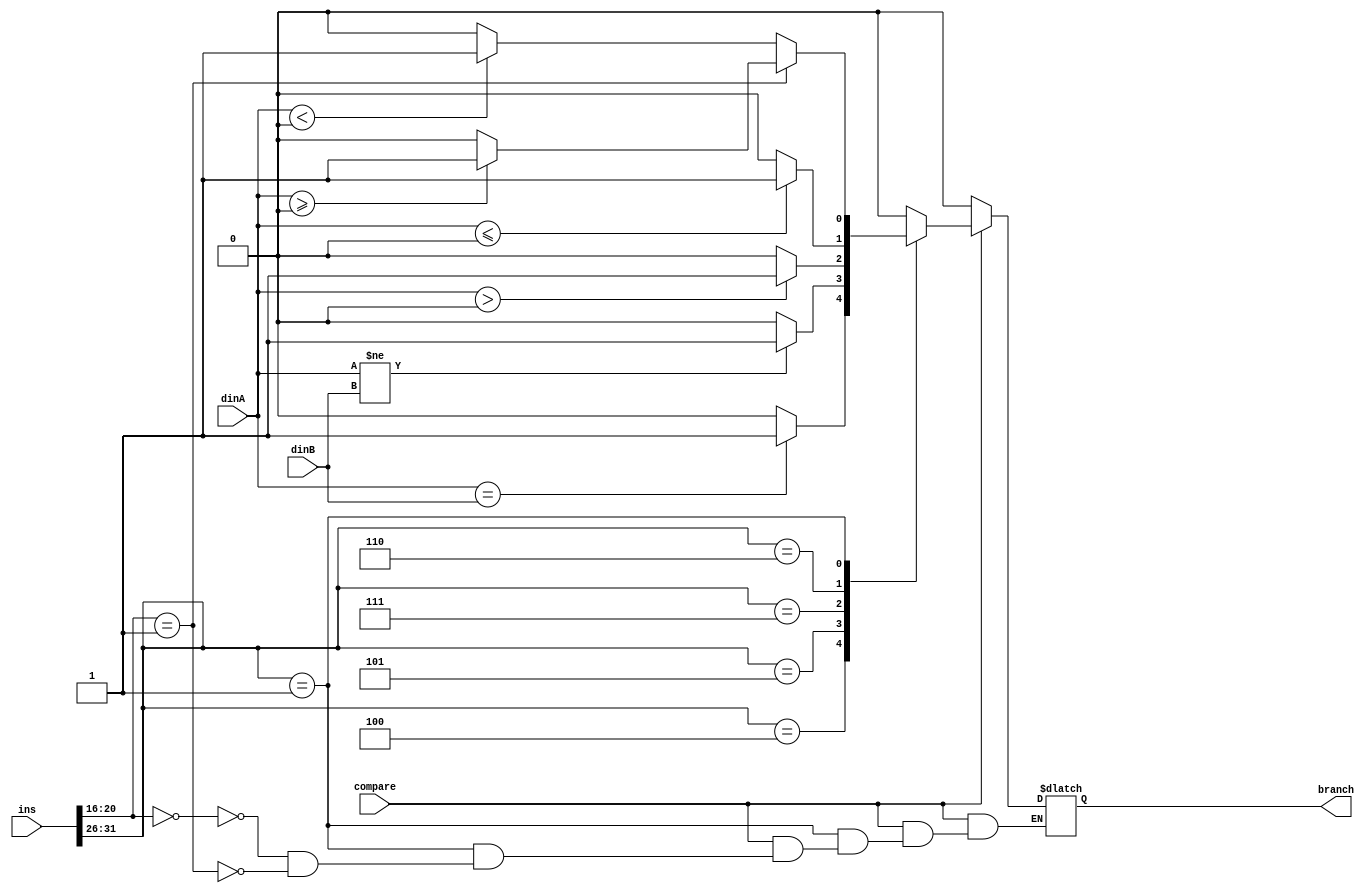
module comp(dinA, dinB, ins, compare, branch);
	input [31:0]	dinA;
	input [31:0]	dinB;
	input [31:0]	ins;
	input 	compare;
	output reg	branch;

	wire [5:0]	op;
	wire [4:0]	sel;

	assign sel	= ins[20:16];
	assign op 	= ins[31:26];

	// Operation code.
	parameter 	BEQ 	= 6'b000100,
				BNE 	= 6'b000101,
				BGTZ 	= 6'b000111,
				BLEZ 	= 6'b000110,
				BGEZ_BLTZ	= 6'b000001;

	// Sel code.
	parameter 	SEL0 	= 5'b00000,
				SEL1 	= 5'b00001;

	always @ ( compare or dinA or dinB ) begin
		if (compare) begin
			case (op)
				BEQ: begin
					if (dinA == dinB) begin
						branch = 1;
					end else branch = 0;
				end
				BNE: begin
					if (dinA != dinB) begin
						branch = 1;
					end else branch = 0;
				end
				BGTZ: begin
					if ($signed(dinA) > 0) begin
						branch = 1;
					end else branch = 0;
				end
				BLEZ: begin
					if ($signed(dinA) <= 0) begin
						branch = 1;
					end else branch = 0;
				end
				BGEZ_BLTZ: begin
					case (sel)
						SEL0: if ($signed(dinA) < 0) begin// BLTZ
							branch = 1;
						end else branch = 0;
						SEL1: if ($signed(dinA) >= 0) begin// BGEZ
							branch = 1;
						end else branch = 0;
					endcase
				end
				default: branch = 0;
			endcase
		end else branch = 0;
	end

endmodule